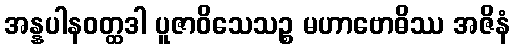
အန္နပါနဝတ္ထဒါ ပူဇာဝိသေသဉ္စ မဟာဗောဓိဿ အဇိနံ